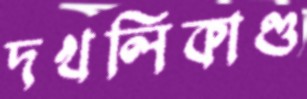
দখলিকাণ্ড